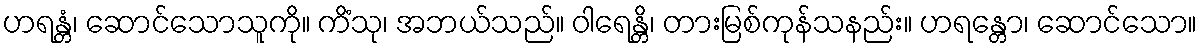
ဟရန္တံ၊ ဆောင်သောသူကို။ ကိံသု၊ အဘယ်သည်။ ဝါရေန္တိ၊ တားမြစ်ကုန်သနည်း။ ဟရန္တော၊ ဆောင်သော။